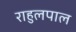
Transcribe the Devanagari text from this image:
राहुलपाल